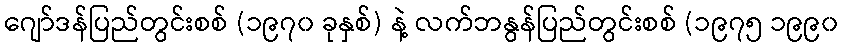
ဂျော်ဒန်ပြည်တွင်းစစ် (၁၉၇၀ ခုနှစ်) နဲ့ လက်ဘနွန်ပြည်တွင်းစစ် (၁၉၇၅ ၁၉၉၀